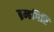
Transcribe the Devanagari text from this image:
ब्रम्हगिरि